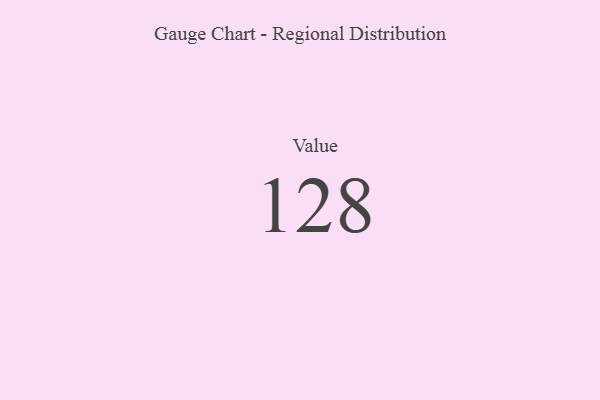
{"axis": {"x": "Metric", "y": "Value"}, "legend": [""], "data": [{"x": "Value", "y": 128, "type": ""}]}